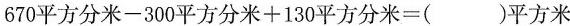
670平方分米-300平方分米+130平方分米=()平方米